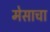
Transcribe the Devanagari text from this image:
मेसाचा